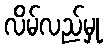
လိမ်လည်မှု